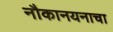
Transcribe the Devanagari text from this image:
नौकानयनाचा